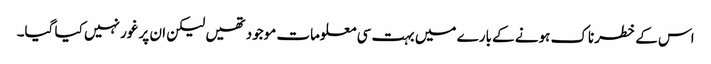
اس کے خطرناک ہونے کے بارے میں بہت سی معلومات موجود تھیں لیکن ان پر غور نہیں کیا گیا۔